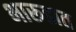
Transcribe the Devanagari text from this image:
भारूडात